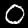
Digit: 0